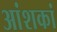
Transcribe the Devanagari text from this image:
आंशकां